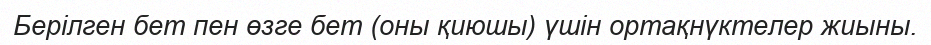
Берілген бет пен өзге бет (оны қиюшы) үшін ортақнүктелер жиыны.